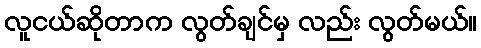
လူငယ်ဆိုတာက လွတ်ချင်မှ လည်း လွတ်မယ်။